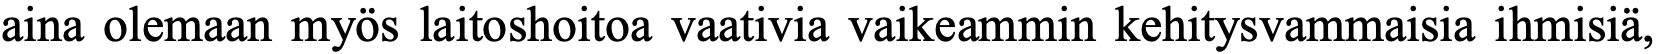
aina olemaan myös laitoshoitoa vaativia vaikeammin kehitysvammaisia ihmisiä,